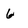
Character: 6